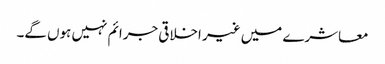
معاشرے میں غیر اخلاقی جرائم نہیں ہوں گے۔